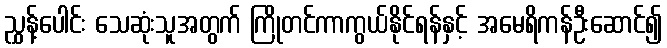
ညွှန့်ပေါင်း သေဆုံးသူအတွက် ကြိုတင်ကာကွယ်နိုင်ရန်နှင့် အမေရိကန်ဦးဆောင်၍